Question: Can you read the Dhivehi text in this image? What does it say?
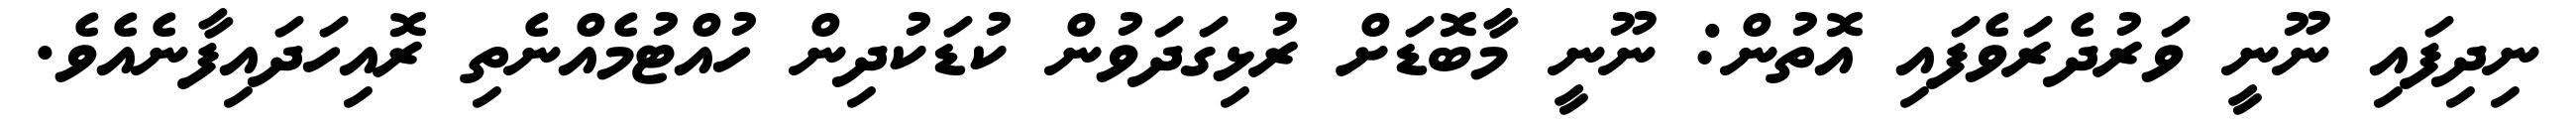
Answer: ނިދިފައި ނޫނީ ވަރުދެރަވެފައި އޮތުން: ނޫނީ މާބޮޑަށް ރުޅިގަދަވުން ކުޑަކުދިން ހުއްޓުމެއްނެތި ރޮއިހަދައިފާނެއެވެ.